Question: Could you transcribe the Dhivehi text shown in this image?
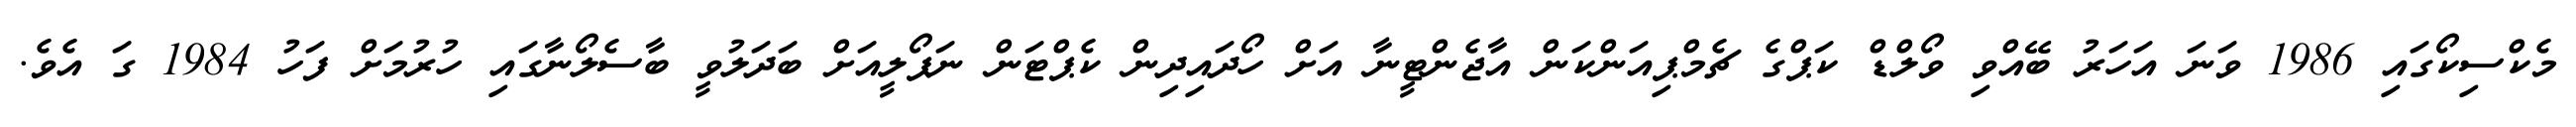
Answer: މެކްސިކޯގައި 1986 ވަނަ އަހަރު ބޭއްވި ވޯލްޑް ކަޕްގެ ޗެމްޕިއަންކަން އާޖެންޓީނާ އަށް ހޯދައިދިން ކެޕްޓަން ނަޕޯލީއަށް ބަދަލުވީ ބާސެލޯނާގައި ހުރުމަށް ފަހު 1984 ގަ އެވެ.